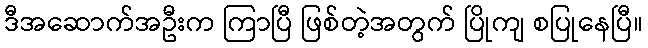
ဒီအဆောက်အဦးက ကြာပြီ ဖြစ်တဲ့အတွက် ပြိုကျ စပြုနေပြီ။